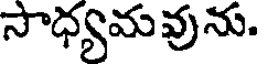
సాధ్యమవును.